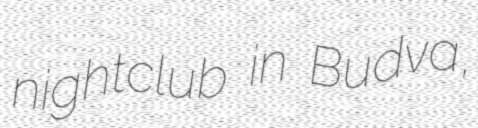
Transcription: nightclub in Budva,